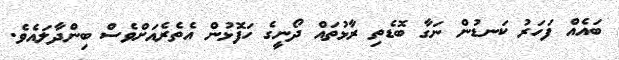
ބައެއް ފަހަރު ކަނޑުން ނަގާ ބޮޑެތި ރާޅުތައް ދޯނީގެ ހަފޮޅުން އެތެރެއަށްވެސް ބިންދާލައެވެ.